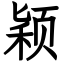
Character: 颖